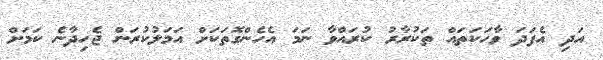
އަދި އެފަދަ ވާހަކަތައް ތަކުރާރު ކުރައްވާ ނަމަ އެހެންގޮތަކަށް އަމަލުކުރަން ޖެހިދާނެ ކަމަށް